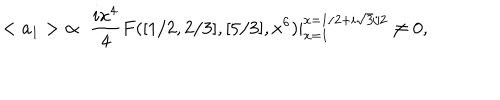
< a _ { 1 } > \; \propto \; \frac { i x ^ { 4 } } { 4 } F ( [ 1 / 2 , 2 / 3 ] , [ 5 / 3 ] , x ^ { 6 } ) | _ { x = 1 } ^ { x = 1 / 2 + i \sqrt { 3 } / 2 } \neq 0 ,